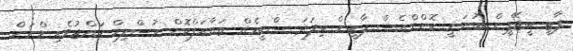
ޕާޓީ ބީޖޭޕީން ބުނަނީ ކޮންގްރެސް ޕާޓީން މިފަދަ ސްކީމެއް ތައާރަފްކޮށް މުސްލިމް ހައްޖުވެރިންނަށް